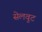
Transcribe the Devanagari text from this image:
सेलवुट